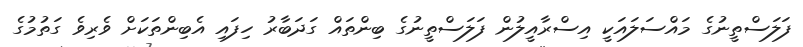
ފަލަސްތީނުގެ މައްސަލައަކީ އިސްރާއީލުން ފަލަސްތީނުގެ ބިންތައް ގަދަބާރު ހިފައި އެބިންތަކަށް ވެރިވެ ގަތުމުގެ